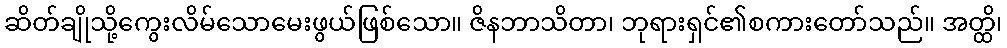
ဆိတ်ချိုသို့ကွေးလိမ်သောမေးဖွယ်ဖြစ်သော။ ဇိနဘာသိတာ၊ ဘုရားရှင်၏စကားတော်သည်။ အတ္ထိ၊